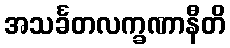
အသင်္ခတလက္ခဏာနီတိ